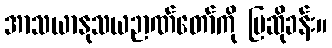
အာသယာနုသယဉာဏ်တော်ကို ပြဆိုခန်း။